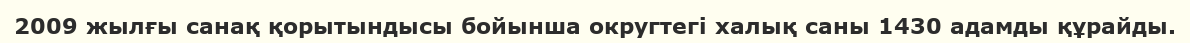
2009 жылғы санақ қорытындысы бойынша округтегі халық саны 1430 адамды құрайды.